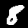
Label: 8